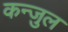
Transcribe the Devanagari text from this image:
कन्जुल